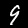
Digit: 9